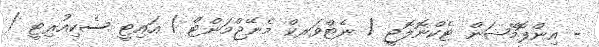
- އިންފޮމޭޝަން ޓެކްނޮލޮޖީ / ނެޓްވަރކް މެނޭޖްމަންޓް / އައިޓީ ސެކިއުރިޓީ /